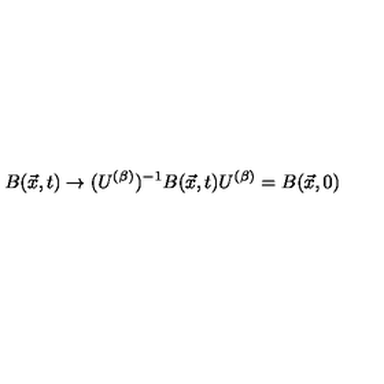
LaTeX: B ( \vec { x } , t ) \rightarrow ( U ^ { ( \beta ) } ) ^ { - 1 } B ( \vec { x } , t ) U ^ { ( \beta ) } = B ( \vec { x } , 0 )